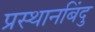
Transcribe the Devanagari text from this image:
प्रस्थानबिंदु